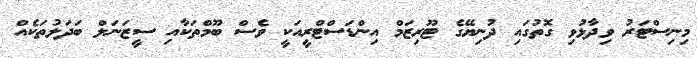
މިނިސްޓަރު ވިދާޅުވި ގޮތުގައި ދުނިޔޭގެ ޓޫރިޒަމް އިންޑަސްޓްރީއަކީ ވެސް ބޫމްތަކާއި ސީޒަނަލް ބަދަލުތަކެއް